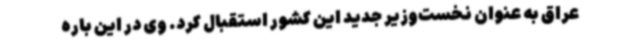
عراق به عنوان نخست‌وزیر جدید این کشور استقبال کرد. وی در این باره